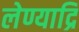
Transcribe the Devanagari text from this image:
लेण्याद्रि